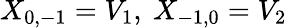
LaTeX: X_{0,-1}=V_{1},\ X_{-1,0}=V_{2}